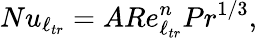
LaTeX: Nu_{\ell_{tr}}=ARe_{\ell_{tr}}^{n}Pr^{1/3},